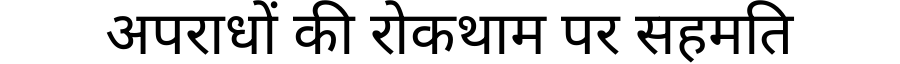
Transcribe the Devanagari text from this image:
अपराधों की रोकथाम पर सहमति